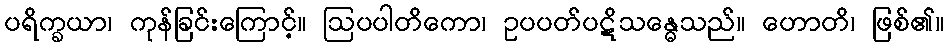
ပရိက္ခယာ၊ ကုန်ခြင်းကြောင့်။ ဩပပါတိကော၊ ဥပပတ်ပဋိသန္ဓေသည်။ ဟောတိ၊ ဖြစ်၏။